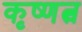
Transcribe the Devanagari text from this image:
कृष्णत्व